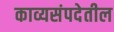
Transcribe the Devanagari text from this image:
काव्यसंपदेतील